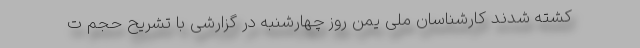
کشته شدند کارشناسان ملی یمن روز چهارشنبه در گزارشی با تشریح حجم ت